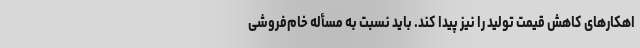
اهکارهای کاهش قیمت تولید را نیز پیدا کند. باید نسبت به مسأله خام‌فروشی